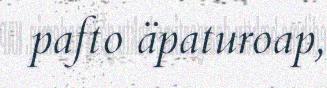
pafto äpaturoap,